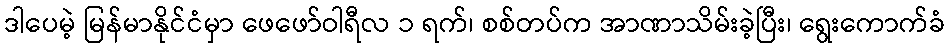
ဒါပေမဲ့ မြန်မာနိုင်ငံမှာ ဖေဖော်ဝါရီလ ၁ ရက်၊ စစ်တပ်က အာဏာသိမ်းခဲ့ပြီး၊ ရွေးကောက်ခံ